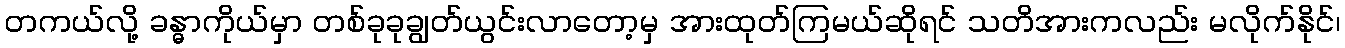
တကယ်လို့ ခန္ဓာကိုယ်မှာ တစ်ခုခုချွတ်ယွင်းလာတော့မှ အားထုတ်ကြမယ်ဆိုရင် သတိအားကလည်း မလိုက်နိုင်၊